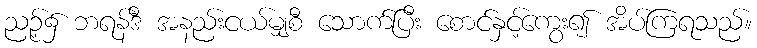
ညဉ့်၌ ဘရန်ဒီ အနည်းငယ်မျှစီ သောက်ပြီး စောင်နှင့်ကွေး၍ အိပ်ကြရသည်။